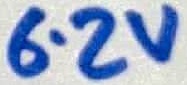
Text: 6.2V